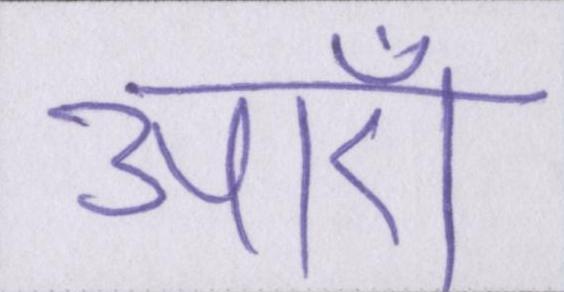
आएँ